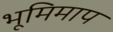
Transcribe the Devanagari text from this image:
भूमिमाप